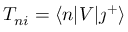
T _ { n i } = \langle n \lvert V \lvert \j ^ { + } \rangle